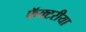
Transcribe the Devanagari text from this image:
फॅक्टरीया